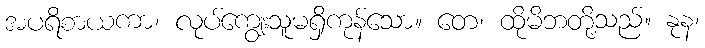
အပရိစာယကာ၊ လုပ်ကျွေးသူမရှိကုန်သော။ တေ၊ ထိုမိဘတို့သည်။ နုန၊